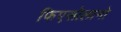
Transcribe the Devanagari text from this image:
फिएसोलानो